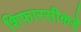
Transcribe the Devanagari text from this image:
शिफारसीकडे